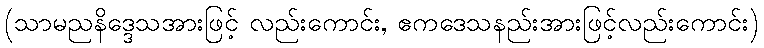
(သာမညနိဒ္ဒေသအားဖြင့် လည်းကောင်း, ဧကဒေသနည်းအားဖြင့်လည်းကောင်း)